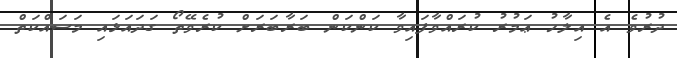
ދުރުވެ އެ އިލާހު ޢަމުރު ކުރައްވާފައިވާ ކަންކަން ބަރާބަރަށް ކުރެވޭތޯ ގަދައަޅައި މަސައްކަތް